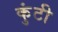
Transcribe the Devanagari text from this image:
कुंटी